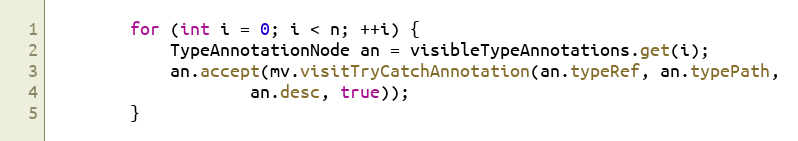
Language: Java
        for (int i = 0; i < n; ++i) {
            TypeAnnotationNode an = visibleTypeAnnotations.get(i);
            an.accept(mv.visitTryCatchAnnotation(an.typeRef, an.typePath,
                    an.desc, true));
        }